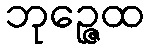
ဘုဉ္ဇေထ